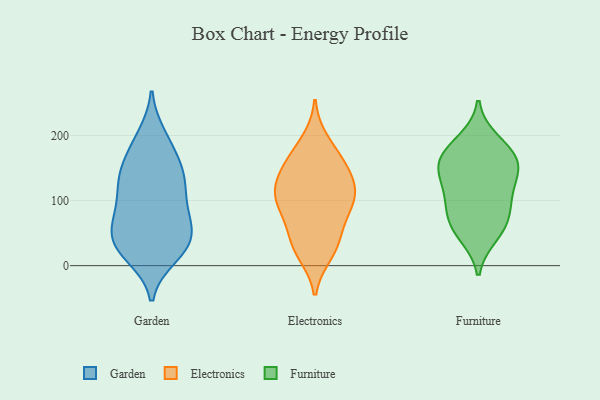
{"axis": {"x": "Market Share (%)", "y": "Value"}, "legend": ["Electronics", "Furniture", "Garden"], "data": [{"x": "", "y": 67, "type": "Garden"}, {"x": "", "y": 74, "type": "Garden"}, {"x": "", "y": 44, "type": "Garden"}, {"x": "", "y": 91, "type": "Garden"}, {"x": "", "y": 146, "type": "Garden"}, {"x": "", "y": 105, "type": "Garden"}, {"x": "", "y": 28, "type": "Garden"}, {"x": "", "y": 199, "type": "Garden"}, {"x": "", "y": 127, "type": "Garden"}, {"x": "", "y": 127, "type": "Garden"}, {"x": "", "y": 138, "type": "Garden"}, {"x": "", "y": 72, "type": "Garden"}, {"x": "", "y": 145, "type": "Garden"}, {"x": "", "y": 33, "type": "Garden"}, {"x": "", "y": 52, "type": "Garden"}, {"x": "", "y": 15, "type": "Garden"}, {"x": "", "y": 29, "type": "Garden"}, {"x": "", "y": 191, "type": "Garden"}, {"x": "", "y": 22, "type": "Garden"}, {"x": "", "y": 172, "type": "Garden"}, {"x": "", "y": 149, "type": "Electronics"}, {"x": "", "y": 104, "type": "Electronics"}, {"x": "", "y": 159, "type": "Electronics"}, {"x": "", "y": 19, "type": "Electronics"}, {"x": "", "y": 191, "type": "Electronics"}, {"x": "", "y": 168, "type": "Electronics"}, {"x": "", "y": 102, "type": "Electronics"}, {"x": "", "y": 111, "type": "Electronics"}, {"x": "", "y": 129, "type": "Electronics"}, {"x": "", "y": 31, "type": "Electronics"}, {"x": "", "y": 93, "type": "Electronics"}, {"x": "", "y": 71, "type": "Electronics"}, {"x": "", "y": 28, "type": "Electronics"}, {"x": "", "y": 52, "type": "Electronics"}, {"x": "", "y": 137, "type": "Electronics"}, {"x": "", "y": 102, "type": "Electronics"}, {"x": "", "y": 101, "type": "Furniture"}, {"x": "", "y": 170, "type": "Furniture"}, {"x": "", "y": 67, "type": "Furniture"}, {"x": "", "y": 170, "type": "Furniture"}, {"x": "", "y": 191, "type": "Furniture"}, {"x": "", "y": 91, "type": "Furniture"}, {"x": "", "y": 121, "type": "Furniture"}, {"x": "", "y": 153, "type": "Furniture"}, {"x": "", "y": 60, "type": "Furniture"}, {"x": "", "y": 48, "type": "Furniture"}, {"x": "", "y": 138, "type": "Furniture"}, {"x": "", "y": 155, "type": "Furniture"}]}